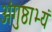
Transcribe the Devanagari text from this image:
अंगुष्ठाभ्यं